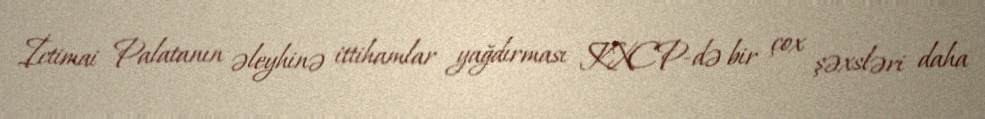
İctimai Palatanın əleyhinə ittihamlar yağdırması KXCP-də bir çox şəxsləri daha